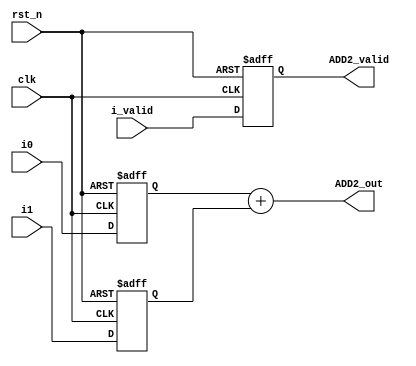
module ADD2#(parameter N=16)( 						// 1 cycle
	input clk,
	input rst_n,
	input [N-1:0]i0,
	input [N-1:0]i1,
	input i_valid, 	
	output reg ADD2_valid,
	output reg[N:0]ADD2_out
);
	reg [N-1:0]locali0,locali1;
	//assign ADD2_out = locali0 + locali1;
	
	always@(*)begin
		ADD2_out = locali0 + locali1;
	end
	
	always@(posedge clk or negedge rst_n)begin
		if(!rst_n)begin
			locali0<=0;
			locali1<=0;
			ADD2_valid<=0;
		end
		else begin
			locali0<=i0;
			locali1<=i1;
			ADD2_valid<=i_valid;
		end
	end
endmodule

module ADD3#(parameter N=16)(							// 1 cycle
	input clk,
	input rst_n,
	input [N-1:0]i0,
	input [N-1:0]i1,
	input [N-1:0]i2,
	input i_valid,
	output reg ADD3_valid,
	output reg[N+1:0]ADD3_out
);
	reg [N-1:0]locali0,locali1,locali2;
	//assign ADD3_out = locali0 + locali1 + locali2;
	always@(*)begin
		ADD3_out = locali0 + locali1 + locali2;
	end
	
	always@(posedge clk or negedge rst_n)begin
		if(!rst_n)begin
			locali0<=0;
			locali1<=0;
			locali2<=0;
			ADD3_valid<=0;
		end
		else begin
			locali0<=i0;
			locali1<=i1;
			locali2<=i2;
			ADD3_valid<=i_valid;
		end
	end
endmodule

module FA(											// 4 cycles
	input 	clk,
	input 	rst_n,
	input  	[383:0]data,
	input 	data_valid,
	output 	FAvalid,
	output 	[20:0]FAout
);
	parameter D1=16;
	parameter D2=32;
	parameter D3=48;
	genvar idx;
	
	wire L1_valid,L2_valid,L3_valid;
	wire [17:0]L1_res[0:7];
	wire [18:0]L2_res[0:3];
	wire [19:0]L3_res[0:1];
	
	generate
		for(idx=0;idx<8;idx=idx+1)begin
			ADD3 #(16)L1(.clk(clk),.rst_n(rst_n),.i0(data[idx*D3 +:D1]),.i1(data[idx*D3+D1 +:D1]),.i2(data[idx*D3+D2 +:D1]),.i_valid(data_valid),.ADD3_valid(L1_valid),.ADD3_out(L1_res[idx]));
		end
		for(idx=0;idx<4;idx=idx+1)begin
			ADD2 #(18)L2(.clk(clk),.rst_n(rst_n),.i0(L1_res[idx*2]),.i1(L1_res[idx*2 +1]),.i_valid(L1_valid),.ADD2_valid(L2_valid),.ADD2_out(L2_res[idx]));
		end
		for(idx=0;idx<2;idx=idx+1)begin
			ADD2 #(19)L3(.clk(clk),.rst_n(rst_n),.i0(L2_res[idx*2]),.i1(L2_res[idx*2+1]),.i_valid(L2_valid),.ADD2_valid(L3_valid),.ADD2_out(L3_res[idx]));
		end
		for(idx=0;idx<1;idx=idx+1)begin
			ADD2 #(20)L4(.clk(clk),.rst_n(rst_n),.i0(L3_res[0]),.i1(L3_res[1]),.i_valid(L3_valid),.ADD2_valid(FAvalid),.ADD2_out(FAout));
		end
	endgenerate
	
	
endmodule

module FSA#(parameter NO3=0,parameter NO5=0,parameter ID5=0,parameter NO7=0,parameter ID7=0)(
	input 	clk,
	input 	rst_n,
	input 	stride,
	input 	[3:0]wsize,
	input 	[2:0]wround,
	input  	[1151:0]data,
	input   data_valid,
	output 	reg FSAvalid,
	output 	reg [45:0]FSAout
);
	parameter FRONT = 23;
	parameter BACK = 0;
	parameter D1 = 23;
	
	wire FAvalid1,FAvalid2,FAvalid3;
	wire [20:0]row1,row2,row3;
	
	/* FA ,  4 cycles */
	FA ROW1(.clk(clk),.rst_n(rst_n),.data(data[383:0]),.data_valid(data_valid),.FAout(row1),.FAvalid(FAvalid1));
	FA ROW2(.clk(clk),.rst_n(rst_n),.data(data[767:384]),.data_valid(data_valid),.FAout(row2),.FAvalid(FAvalid2));
	FA ROW3(.clk(clk),.rst_n(rst_n),.data(data[1151:768]),.data_valid(data_valid),.FAout(row3),.FAvalid(FAvalid3));
	
	/* SA ,  1 cycle */
	always@(posedge clk or negedge rst_n)begin
		if(!rst_n)begin
			FSAout<=0;
			FSAvalid<=0;
		end
		else begin
			FSAvalid<= (FAvalid1 && FAvalid2 && FAvalid3);
			
			case(wsize)
				0:begin 		//3 * 3
					case(NO3)
						6:begin
							FSAout[FRONT +:D1] 	<= row3;
							FSAout[BACK +:D1] 	<= row1 + row2;
						end
						7:begin
							FSAout[FRONT +:D1] 	<= row1;
							FSAout[BACK +:D1]	<= row2 + row3;
						end
						default:begin
							FSAout[FRONT +:D1] 	<= 0;
							FSAout[BACK +:D1]	<= row1 + row2 + row3;
						end
					endcase
				end
				1:begin 		// 5 * 5
					case(stride)
						0:begin		// stride 1
							case(wround)
								0:begin
									FSAout[FRONT +:D1] 	<= 0;
									FSAout[BACK +:D1]	<= row1 + row2 + row3;
								end
								1:begin
									if((NO5==0 && (ID5==2 || ID5==3)) || (NO5==3 && (ID5==0 || ID5==1)))begin
										FSAout[FRONT +:D1] 	<= row1;
										FSAout[BACK +:D1]	<= row2 + row3;
									end
									else if(NO5==2 && (ID5==0 || ID5==1))begin
										FSAout[FRONT +:D1] 	<= row3;
										FSAout[BACK +:D1] 	<= row1 + row2;
									end
									else begin
										FSAout[FRONT +:D1] 	<= 0;
										FSAout[BACK +:D1]	<= row1 + row2 + row3;
									end
								end
							endcase
						end
						1:begin		// stride 2
							if(NO5==2 && (ID5==3 || ID5==4))begin
								FSAout[FRONT +:D1] 	<= row1;
								FSAout[BACK +:D1]	<= row2 + row3;
							end
							else if(NO5==3 && (ID5==1 || ID5==2))begin
								FSAout[FRONT +:D1] 	<= row3;
								FSAout[BACK +:D1] 	<= row1 + row2;
							end
							else begin
								FSAout[FRONT +:D1] 	<= 0;
								FSAout[BACK +:D1]	<= row1 + row2 + row3;
							end
						end
					endcase
				end
				2:begin		//7*7
					case(stride)
						0:begin
							case(wround)
								0:begin
									FSAout[FRONT +:D1] 	<= 0;
									FSAout[BACK +:D1]	<= row1 + row2 + row3;
								end
								1:begin
									if(NO7==1 && (ID7==3 || ID7==4 || ID7==5))begin
										FSAout[FRONT +:D1] 	<= row3;
										FSAout[BACK +:D1] 	<= row1 + row2;
									end
									else begin
										FSAout[FRONT +:D1] 	<= 0;
										FSAout[BACK +:D1]	<= row1 + row2 + row3;
									end
								end
								2:begin
									if(NO7==0 && (ID7==3 || ID7==4 || ID7==5))begin
										FSAout[FRONT +:D1] 	<= row1;
										FSAout[BACK +:D1] 	<= row2 + row3;
									end
									else begin
										FSAout[FRONT +:D1] 	<= 0;
										FSAout[BACK +:D1]	<= row1 + row2 + row3;
									end
								end
								3:begin
									if(NO7==0 && (ID7==0 || ID7==1 || ID7==2))begin
										FSAout[FRONT +:D1] 	<= row3;
										FSAout[BACK +:D1] 	<= row1 + row2;
									end
									else if(NO7==1 && (ID7==0 || ID7==1 || ID7==2))begin
										FSAout[FRONT +:D1] 	<= row1;
										FSAout[BACK +:D1]	<= row2 + row3;
									end
									else begin
										FSAout[FRONT +:D1] 	<= 0;
										FSAout[BACK +:D1]	<= row1 + row2 + row3;
									end
								end
							endcase
						end
						1:begin
							case(wround)
								0:begin
									FSAout[FRONT +:D1] 	<= 0;
									FSAout[BACK +:D1]	<= row1 + row2 + row3;
								end
								1:begin
									if(NO7==0 && (ID7==3 || ID7==4 || ID7==5))begin
										FSAout[FRONT +:D1] 	<= row1;
										FSAout[BACK +:D1] 	<= row2 + row3;
									end
									else if(NO7==1 && (ID7==0 || ID7==1 || ID7==2))begin
										FSAout[FRONT +:D1] 	<= row3;
										FSAout[BACK +:D1]	<= row1 + row2;
									end
									else begin
										FSAout[FRONT +:D1] 	<= 0;
										FSAout[BACK +:D1]	<= row1 + row2 + row3;
									end
								end
							endcase
						end
					endcase
				end
			endcase
		end
	end
	
endmodule

module A#(parameter NO5=0)(
	input clk,
	input rst_n,
	input stride,
	input [2:0]wround,
	input [45:0]i0_,
	input [45:0]i1_,
	input [45:0]i2_,
	input [45:0]i3_,
	input i_valid,
	output reg Avalid,
	output reg [53:0]Aout
);
	parameter FRONT = 23;
	parameter BACK = 0;
	parameter D1 = 23;
	
	
	reg [45:0]i0,i1,i2,i3;
	reg[22:0]A1i[0:3];
	reg[22:0]A2_0i[0:1];
	reg[22:0]A2_1i[0:1];
	reg i_valid_tmp,i_valid_;
	
	wire[26:0]A1out,A2_0out,A2_1out;
	wire A1valid,A2_0valid,A2_1valid;
	
	always@(posedge clk or negedge rst_n)begin
		if(!rst_n)begin
			i0<=0;
			i1<=0;
			i2<=0;
			i3<=0;
			i_valid_tmp <= 0;
			i_valid_    <= 0;
		end
		else begin
			if(i_valid)begin
				i0<=i0_;
				i1<=i1_;
				i2<=i2_;
				i3<=i3_;
				i_valid_tmp <= i_valid;
				i_valid_    <= i_valid_tmp;
			end
		end
	end
	
	/* A1 input */
	always@(posedge clk or negedge rst_n)begin
		if(!rst_n)begin
			A1i[0]<=0;
			A1i[1]<=0;
			A1i[2]<=0;
			A1i[3]<=0;
		end
		else begin
			case(stride)
				0:begin
					case(wround)
						0:begin
							A1i[0]<=i0[BACK +: D1];
							A1i[1]<=i1[BACK +: D1];
							A1i[2]<=i2[BACK +: D1];
							A1i[3]<=i3[BACK +: D1];
						end
						1:begin
							case(NO5)
								0,1:begin
									A1i[0]<=i0[BACK +: D1];
									A1i[1]<=i1[BACK +: D1];
									A1i[2]<=i2[FRONT +: D1];
									A1i[3]<=i3[FRONT +: D1];
								end
								//1:no!
								2:begin
									A1i[0]<=i0[FRONT +: D1];
									A1i[1]<=i1[FRONT +: D1];
									A1i[2]<=i2[BACK +: D1];
									A1i[3]<=i3[BACK +: D1];
								end
								3:begin
									A1i[0]<=i0[BACK +: D1];
									A1i[1]<=i1[BACK +: D1];
									A1i[2]<=i2[BACK +: D1];
									A1i[3]<=i3[BACK +: D1];
								end
							endcase
						end
					endcase
				end
				1:begin
					if(NO5==2)begin
						A1i[0]<=i0[BACK +: D1];
						A1i[1]<=i1[BACK +: D1];
						A1i[2]<=i2[FRONT +: D1];
						A1i[3]<=i3[FRONT +: D1];
					end
					else begin
						A1i[0]<=i0[BACK +: D1];
						A1i[1]<=i1[BACK +: D1];
						A1i[2]<=i2[BACK +: D1];
						A1i[3]<=i3[BACK +: D1];
					end
				end
			endcase
		end
	end
	
	/* A2_0 input */
	always@(posedge clk or negedge rst_n)begin
		if(!rst_n)begin
			A2_0i[0]<=0;
			A2_0i[1]<=0;
		end
		else begin			
			case(stride)
				0:begin
					case(wround)
						0:begin //0:no!!
							A2_0i[0]<=0;
							A2_0i[1]<=0;
						end
						1:begin
							case(NO5)
								0:begin
									A2_0i[0]<=i2[BACK +: D1];
									A2_0i[1]<=i3[BACK +: D1];
								end
								3:begin
									A2_0i[0]<=i0[FRONT +: D1];
									A2_0i[1]<=i1[FRONT +: D1];
								end
								default:begin
									A2_0i[0]<=i0[BACK +: D1];
									A2_0i[1]<=i1[BACK +: D1];
								end
							endcase
						end
					endcase
				end
				1:begin
					case(NO5)
						2:begin
							A2_0i[0]<=i2[BACK +: D1];
							A2_0i[1]<=i3[BACK +: D1];
						end
						3:begin
							A2_0i[0]<=i0[BACK +: D1];
							A2_0i[1]<=i1[BACK +: D1];
						end
						default:begin //default:no!!
							A2_0i[0]<=0;
							A2_0i[1]<=0;
						end
					endcase
				end
			endcase
		end
	end
	
	/* A2_1i input */
	always@(posedge clk or negedge rst_n)begin
		if(!rst_n)begin
			A2_1i[0]<=0;
			A2_1i[1]<=0;
		end
		else begin	
			if(stride==0 && wround==1 && NO5==1)begin
				A2_1i[0]<=i2[BACK +: D1];
				A2_1i[1]<=i3[BACK +: D1];
			end
			else begin //else no!!
				A2_1i[0]<=0;
				A2_1i[1]<=0;
			end
		end
	end
	
//-----------------------------------------------------
	/* module instantiation */
	
	A1 a1(.clk(clk),.rst_n(rst_n),.i0(A1i[0]),.i1(A1i[1]),.i2(A1i[2]),.i3(A1i[3]),.i_valid(i_valid_),.A1valid(A1valid),.A1out(A1out));
	A2_0 a2_0(.clk(clk),.rst_n(rst_n),.i0(A2_0i[0]),.i1(A2_0i[1]),.i_valid(i_valid_),.A2_0valid(A2_0valid),.A2_0out(A2_0out));
	A2_1 a2_1(.clk(clk),.rst_n(rst_n),.i0(A2_1i[0]),.i1(A2_1i[1]),.i_valid(i_valid_),.A2_1valid(A2_1valid),.A2_1out(A2_1out));
	
//-----------------------------------------------------	
	/* A output */
	
	always@(posedge clk or negedge rst_n)begin
		if(!rst_n)begin
			Aout<=0;
			Avalid<=0;
		end
		else begin
		
			if(A1valid || A2_0valid || A2_1valid)Avalid<=1;
			else Avalid<=0;
			
			case(stride)
				0:begin
					case(wround)
						0:begin
							Aout[BACK +: D1] <= A1out;
							Aout[FRONT +: D1]<=0;
						end
						1:begin
							case(NO5)
								0:begin
									Aout[BACK +: D1] <= A1out;
									Aout[FRONT +: D1]<= A2_0out;
								end
								1:begin
									Aout[BACK +: D1] <= A2_0out;
									Aout[FRONT +: D1]<= A2_1out;
								end
								default:begin
									Aout[BACK +: D1] <= A2_0out;
									Aout[FRONT +: D1]<= A1out;
								end
							endcase
						end
					endcase
				end
				1:begin		//stride 2
					case(NO5)
						2:begin
							Aout[BACK +: D1] <= A1out;
							Aout[FRONT +: D1]<= A2_0out;
						end
						3:begin
							Aout[BACK +: D1] <= A2_0out;
							Aout[FRONT +: D1]<= A1out;
						end
						default:begin
							Aout[BACK +: D1] <= A1out;
							Aout[FRONT +: D1]<= 0;
						end
					endcase
				end
			endcase
		end
	end
							
endmodule

module A1(
	input clk,
	input rst_n,
	input [22:0]i0,
	input [22:0]i1,
	input [22:0]i2,
	input [22:0]i3,
	input i_valid,
	output A1valid,
	output reg [26:0]A1out
);
	//reg [22:0]locali[0:3];
	//reg i_valid_;
	
	wire[24:0]A1out_tmp;
	wire [23:0]L10,L11;
	wire L10_valid,L11_valid;
	
	
	ADD2 #(23)L1_0(.clk(clk),.rst_n(rst_n),.i0(i0),.i1(i1),.i_valid(i_valid),.ADD2_out(L10),.ADD2_valid(L10_valid));
	ADD2 #(23)L1_1(.clk(clk),.rst_n(rst_n),.i0(i2),.i1(i3),.i_valid(i_valid),.ADD2_out(L11),.ADD2_valid(L11_valid));
	ADD2 #(24)L2(.clk(clk),.rst_n(rst_n),.i0(L10),.i1(L11),.i_valid((L11_valid & L10_valid)),.ADD2_out(A1out_tmp),.ADD2_valid(A1valid));
	
	always@(*)begin
		A1out = {2'b0,A1out_tmp};
	end
	
endmodule

module A2_0(
	input clk,
	input rst_n,
	input [22:0]i0,
	input [22:0]i1,
	input i_valid,
	output reg A2_0valid,
	output reg [26:0]A2_0out
);
	/*
	reg [22:0]locali[0:1];
	reg i_valid_;*/
	wire [23:0]L1_res;
	wire L1_valid;
	
	ADD2 #(23)L1(.clk(clk),.rst_n(rst_n),.i0(i0),.i1(i1),.i_valid(i_valid),.ADD2_out(L1_res),.ADD2_valid(L1_valid));
	
	always@(posedge clk or negedge rst_n)begin
		if(!rst_n)begin
			A2_0out	 <=0;
			A2_0valid<=0;
		end
		else begin	
			A2_0out	 <= {3'b0,L1_res};
			A2_0valid<= L1_valid;
		end
	end
endmodule

module A2_1(
	input clk,
	input rst_n,
	input [22:0]i0,
	input [22:0]i1,
	input i_valid,
	output reg A2_1valid,
	output reg [26:0]A2_1out
);/*
	reg [22:0]locali[0:1];
	reg i_valid_;*/
	
	wire [23:0]L1_res;
	wire L1_valid;
	
	
	ADD2 #(23)L1(.clk(clk),.rst_n(rst_n),.i0(i0),.i1(i1),.i_valid(i_valid),.ADD2_out(L1_res),.ADD2_valid(L1_valid));
	
	always@(posedge clk or negedge rst_n)begin
		if(!rst_n)begin
			A2_1out	 <=0;
			A2_1valid<=0;
		end
		else begin	
			A2_1out	 <= {3'b0,L1_res};
			A2_1valid<= L1_valid;
		end
	end

endmodule

module B#(parameter NO7=0)(
	input clk,
	input rst_n,
	input stride,
	input [2:0]wround,
	input [413:0]data_, //46 * 9 
	input data_valid,
	output reg Bvalid,
	output reg [53:0]Bout
);
	parameter FRONT = 23;
	parameter FRONT_OUT = 27;
	parameter BACK = 0;
	parameter D1 = 23;
	parameter D2 = 46;
	parameter D1_OUT = 27;
	integer id,idx;
	
	reg[413:0]data;
	reg[22:0]B1i[0:8];
	reg[22:0]B2_0i[0:5];
	reg[22:0]B2_1i[0:5];
	reg[22:0]B3i[0:2];
	reg data_valid_tmp,data_valid_;
	
	wire[26:0]B1out,B2_0out,B2_1out,B3out;
	wire B1out_valid,B2_0out_valid,B2_1out_valid,B3out_valid;
	
	always@(posedge clk or negedge rst_n)begin
		if(!rst_n)begin
			data<=0;
			data_valid_<=0;
			data_valid_tmp<=0;
		end
		else begin
			if(data_valid)begin
				data<=data_;
				data_valid_tmp<=data_valid;
				data_valid_<=data_valid_tmp;
			end
		end
	end
	/* B1 input */	
	always@(posedge clk or negedge rst_n)begin
		if(!rst_n)begin
			for(id=0;id<9;id=id+1)begin
				B1i[id]<=0;
			end
		end
		else begin	
			if((stride==0 && NO7==0 && wround==3)||(stride==1 && NO7==1 && wround==1))begin
				for(id=0;id<3;id=id+1)begin
					B1i[id]<=data[FRONT+id*D2 +: D1];
				end
				for(idx=3;idx<9;idx=idx+1)begin
					B1i[idx]<=data[BACK+id*D2 +: D1];
				end
			end
			else begin
				for(id=0;id<9;id=id+1)begin
					B1i[id]<=data[BACK+id*D2 +: D1];
				end
			end
		end			
		
	end
	
	/* B2_0 input */
	always@(posedge clk or negedge rst_n)begin
		if(!rst_n)begin
			for(id=0;id<6;id=id+1)begin
				B2_0i[id]<=0;
			end
		end
		else begin	
			case(stride)
				0:begin
					case(wround)
						1:begin
							for(id=0;id<6;id=id+1)begin
								B2_0i[id]<=data[BACK+id*D2 +: D1];
							end
						end
						2:begin
							case(NO7)
								0:begin
									for(id=0;id<3;id=id+1)begin
										B2_0i[id]<=data[BACK+id*D2 +: D1];
									end
									for(idx=3;idx<6;idx=idx+1)begin
										B2_0i[id]<=data[FRONT+id*D2 +: D1];
									end
								end
								1:begin
									for(id=0;id<6;id=id+1)begin
										B2_0i[id]<=data[BACK+id*D2+3*D2 +: D1]; // i3~i8
									end
								end
							endcase
						end
						default:begin //no!
						end
					endcase
				end
				1:begin
					if(NO7==1 && wround==0)begin
						for(id=0;id<6;id=id+1)begin
							B2_0i[id]<=data[BACK+id*D2 +: D1];
						end
					end
					else begin
						for(id=0;id<3;id=id+1)begin
							B2_0i[id]<=data[BACK+id*D2 +: D1];
						end
						for(idx=3;idx<6;idx=idx+1)begin
							B2_0i[id]<=data[FRONT+id*D2 +: D1];
						end
					end
					/*
					else if(NO7==0 && wround==1)begin
						for(id=0;id<3;id=id+1)begin
							B2_0i[id]<=data[BACK+id*D2 +: D1];
						end
						for(idx=3;idx<6;idx=idx+1)begin
							B2_0i[id]<=data[FRONT+id*D2 +: D1];
						end
					end
					else begin //no!
					end*/
				end
			endcase
		end
	end
	
	/* B2_1 input */
	always@(posedge clk or negedge rst_n)begin
		if(!rst_n)begin
			for(id=0;id<6;id=id+1)begin
				B2_1i[id]<=0;
			end
		end
		else begin	
			if(stride==0 && NO7==1 && wround==1)begin
				for(id=0;id<3;id=id+1)begin
					B2_1i[id]<=data[FRONT+id*D2+3*D2 +: D1]; // i3 ~ i5
				end
				for(idx=3;idx<6;idx=idx+1)begin
					B2_1i[id]<=data[BACK+id*D2+6*D2 +: D1];
				end
			end
			else begin
				for(id=0;id<6;id=id+1)begin
					B2_1i[id]<=data[BACK+id*D2+3*D2 +: D1]; // i3~i8
				end
			end
			/*
			else if((stride==0 && NO7==0 && wround==2)||(stride==1 && NO7==0 && wround==1))begin
				for(id=0;id<6;id=id+1)begin
					B2_1i[id]<=data[BACK+id*D2+3*D2 +: D1]; // i3~i8
				end
			end
			else begin //no!
			end*/
		end
	end
	
	/* B3 input */
	always@(posedge clk or negedge rst_n)begin
		if(!rst_n)begin
			for(id=0;id<3;id=id+1)begin
				B3i[id]<=0;
			end
		end
		else begin	
			if((stride==1 && NO7==1 && wround==0)||(stride==0 && NO7==0 && wround==1))begin
				for(id=0;id<3;id=id+1)begin
					B3i[id]<=data[FRONT+id*D2+6*D2 +: D1]; // i6 ~ i8
				end
			end
			else if(stride==0 && NO7==1 && wround==3)begin
				for(id=0;id<3;id=id+1)begin
					B3i[id]<=data[FRONT+id*D2 +: D1]; // i0~i2
				end
			end
			else begin
				for(id=0;id<3;id=id+1)begin
					B3i[id]<=data[BACK+id*D2 +: D1]; // i0~i2
				end
			end
		end
	end			
							
//-----------------------------------------------------------------			
	/* module instantiation */
	
	B1 b1(.clk(clk),.rst_n(rst_n),.i0(B1i[0]),.i1(B1i[1]),.i2(B1i[2]),.i3(B1i[3]),.i4(B1i[4]),.i5(B1i[5]),.i6(B1i[6]),.i7(B1i[7]),.i8(B1i[8]),.i_valid(data_valid_),.B1_valid(B1out_valid),.B1out(B1out));
	B2 b2_0(.clk(clk),.rst_n(rst_n),.i0(B2_0i[0]),.i1(B2_0i[1]),.i2(B2_0i[2]),.i3(B2_0i[3]),.i4(B2_0i[4]),.i5(B2_0i[5]),.i_valid(data_valid_),.B2_valid(B2_0out_valid),.B2out(B2_0out));
	B2 b2_1(.clk(clk),.rst_n(rst_n),.i0(B1i[0]),.i1(B2_1i[1]),.i2(B2_1i[2]),.i3(B2_1i[3]),.i4(B2_1i[4]),.i5(B2_1i[5]),.i_valid(data_valid_),.B2_valid(B2_1out_valid),.B2out(B2_1out));
	B3 b3(.clk(clk),.rst_n(rst_n),.i0(B3i[0]),.i1(B3i[1]),.i2(B3i[2]),.i_valid(data_valid_),.B3_valid(B3out_valid),.B3out(B3out));
	
//------------------------------------------------------------------	
	/* B output */
	always@(posedge clk or negedge rst_n)begin
		if(!rst_n)begin
			Bout   <=0;
			Bvalid<=0;
		end
		else begin	
		
			if(B1out_valid || B2_0out_valid || B2_1out_valid ||B3out_valid)Bvalid<=1;
			else Bvalid<=0;
			
			case(stride)
				0:begin
					case(wround)
						0:begin
							Bout[BACK +: D1_OUT]<= B1out;
							Bout[FRONT_OUT +: D1_OUT]<= 0;
						end
						1:begin
							if(NO7==0)begin
								Bout[BACK +: D1_OUT]<= B3out;
								Bout[FRONT_OUT +: D1_OUT]<= B2_0out;
							end
							else begin
								Bout[BACK +: D1_OUT]<= B2_0out;
								Bout[FRONT_OUT +: D1_OUT]<= B2_1out;
							end
						end
						2:begin
							if(NO7==0)begin
								Bout[BACK +: D1_OUT]<= B2_0out;
								Bout[FRONT_OUT +: D1_OUT]<= B2_1out;
							end
							else begin
								Bout[BACK +: D1_OUT]<= B3out;
								Bout[FRONT_OUT +: D1_OUT]<= B2_0out;
							end
						end
						3:begin
							Bout[BACK +: D1_OUT]<= B3out;
							Bout[FRONT_OUT +: D1_OUT]<= B1out;
						end
					endcase
				end
				1:begin
					case(wround)
						0:begin
							if(NO7==0)begin
								Bout[BACK +: D1_OUT]<= B1out;
								Bout[FRONT_OUT +: D1_OUT]<= 0;
							end
							else begin
								Bout[BACK +: D1_OUT]<= B2_0out;
								Bout[FRONT_OUT +: D1_OUT]<= B3out;
							end
						end
						1:begin
							if(NO7==0)begin
								Bout[BACK +: D1_OUT]<= B2_0out;
								Bout[FRONT_OUT +: D1_OUT]<= B2_1out;
							end
							else begin
								Bout[BACK +: D1_OUT]<= B3out;
								Bout[FRONT_OUT +: D1_OUT]<= B1out;
							end
						end
					endcase
				end
			endcase
		end
	end
	
endmodule

module B1(
	input clk,
	input rst_n,
	input [22:0]i0,
	input [22:0]i1,
	input [22:0]i2,
	input [22:0]i3,
	input [22:0]i4,
	input [22:0]i5,
	input [22:0]i6,
	input [22:0]i7,
	input [22:0]i8,
	input i_valid,
	output B1_valid,
	output [26:0]B1out
);
	integer id;
	/*
	reg [22:0]locali[0:8];
	reg i_valid_;*/
	
	wire[24:0]L10,L11,L12;
	wire L10_valid,L11_valid,L12_valid;
	
			
	ADD3#(23)L1_0(.clk(clk),.rst_n(rst_n),.i0(i0),.i1(i1),.i2(i2),.i_valid(i_valid),.ADD3_out(L10),.ADD3_valid(L10_valid));
	ADD3#(23)L1_1(.clk(clk),.rst_n(rst_n),.i0(i3),.i1(i4),.i2(i5),.i_valid(i_valid),.ADD3_out(L11),.ADD3_valid(L11_valid));
	ADD3#(23)L1_2(.clk(clk),.rst_n(rst_n),.i0(i6),.i1(i7),.i2(i8),.i_valid(i_valid),.ADD3_out(L12),.ADD3_valid(L12_valid));
	
	ADD3#(25)L2(.clk(clk),.rst_n(rst_n),.i0(L10),.i1(L11),.i2(L12),.i_valid(L10_valid & L11_valid & L12_valid),.ADD3_out(B1out),.ADD3_valid(B1_valid));

endmodule

module B2(
	input clk,
	input rst_n,
	input [22:0]i0,
	input [22:0]i1,
	input [22:0]i2,
	input [22:0]i3,
	input [22:0]i4,
	input [22:0]i5,
	input i_valid,
	output B2_valid,
	output reg [26:0]B2out
);
	integer id;
	/*
	reg [22:0]locali[0:5];
	reg i_valid_;*/
	
	wire [25:0]B2out_tmp;
	wire[24:0]L10,L11;
	wire L10_valid,L11_valid;
	
			
	ADD3#(23)L1_0(.clk(clk),.rst_n(rst_n),.i0(i0),.i1(i1),.i2(i2),.i_valid(i_valid),.ADD3_out(L10),.ADD3_valid(L10_valid));
	ADD3#(23)L1_1(.clk(clk),.rst_n(rst_n),.i0(i3),.i1(i4),.i2(i5),.i_valid(i_valid),.ADD3_out(L11),.ADD3_valid(L11_valid));
	
	ADD2#(25)L2(.clk(clk),.rst_n(rst_n),.i0(L10),.i1(L11),.i_valid(L10_valid & L11_valid),.ADD2_out(B2out_tmp),.ADD2_valid(B2_valid));
	
	always@(*)begin
		B2out = {1'b0,B2out_tmp};
	end
	
endmodule

module B3(
	input clk,
	input rst_n,
	input [22:0]i0,
	input [22:0]i1,
	input [22:0]i2,
	input i_valid,
	output reg B3_valid,
	output reg [26:0]B3out
);
/*
	reg [22:0]locali[0:2];
	reg i_valid_;*/
	
	wire [25:0]B3out_tmp;
	wire B3_valid_tmp;
	wire [24:0]L1;
	
	
	ADD3#(23)L1_0(.clk(clk),.rst_n(rst_n),.i0(i0),.i1(i1),.i2(i2),.i_valid(i_valid),.ADD3_out(L1),.ADD3_valid(B3_valid_tmp));
	
	always@(posedge clk or negedge rst_n)begin
		if(!rst_n)begin
			B3out	<= 0;
			B3_valid<= 0;
		end
		else begin	
			B3out<= {2'b0,L1};
			B3_valid<= B3_valid_tmp;	
		end
	end	
	
endmodule

module ADDER(
	input clk,
	input rst_n,
	input stride,
	input [2:0]wround,
	input [73727:0]MUL_results, //4608*16
	input MUL_DATA_valid,
	input [3:0]wsize,
	output reg Psum_valid,		
	output reg [863:0]Psum			//max 54 * 16
);
	parameter CUBE_D1 = 1152;
	genvar id,idx;
	
	reg [2:0]wround_cnt1,wround_cnt2,wround_cnt3,wround_cnt4,wround_5;
	reg stride_cnt1,stride_cnt2,stride_cnt3,stride_cnt4,stride_5;
	reg [3:0]wsize_cnt1,wsize_cnt2,wsize_cnt3,wsize_cnt4,wsize_cnt5;
	reg wsize_is3,wsize_is5,wsize_is7;
	
	wire [45:0]fsa_res[0:63];
	wire [53:0]Bout[0:3];
	wire [53:0]Aout[0:15];
	wire Avalid,Bvalid;
	reg [1:0]wsize_;
	
	/* FSA */
	FSA#(.NO3(0),.NO5(0),.ID5(0),.NO7(0),.ID7(0))C0(.clk(clk),.rst_n(rst_n),.wsize(wsize),.stride(stride),.wround(wround),.data(MUL_results[0 +: CUBE_D1]),.data_valid(MUL_DATA_valid),.FSAout(fsa_res[0]),.FSAvalid(FSAvalid));
	FSA#(.NO3(1),.NO5(0),.ID5(1),.NO7(0),.ID7(1))C1(.clk(clk),.rst_n(rst_n),.wsize(wsize),.stride(stride),.wround(wround),.data(MUL_results[1152 +: CUBE_D1]),.data_valid(MUL_DATA_valid),.FSAout(fsa_res[1]),.FSAvalid(FSAvalid));
	FSA#(.NO3(2),.NO5(0),.ID5(2),.NO7(0),.ID7(2))C2(.clk(clk),.rst_n(rst_n),.wsize(wsize),.stride(stride),.wround(wround),.data(MUL_results[2304 +: CUBE_D1]),.data_valid(MUL_DATA_valid),.FSAout(fsa_res[2]),.FSAvalid(FSAvalid));
	FSA#(.NO3(3),.NO5(0),.ID5(3),.NO7(0),.ID7(3))C3(.clk(clk),.rst_n(rst_n),.wsize(wsize),.stride(stride),.wround(wround),.data(MUL_results[3456 +: CUBE_D1]),.data_valid(MUL_DATA_valid),.FSAout(fsa_res[3]),.FSAvalid(FSAvalid));
	FSA#(.NO3(4),.NO5(1),.ID5(0),.NO7(0),.ID7(4))C4(.clk(clk),.rst_n(rst_n),.wsize(wsize),.stride(stride),.wround(wround),.data(MUL_results[4608 +: CUBE_D1]),.data_valid(MUL_DATA_valid),.FSAout(fsa_res[4]),.FSAvalid(FSAvalid));
	FSA#(.NO3(5),.NO5(1),.ID5(1),.NO7(0),.ID7(5))C5(.clk(clk),.rst_n(rst_n),.wsize(wsize),.stride(stride),.wround(wround),.data(MUL_results[5760 +: CUBE_D1]),.data_valid(MUL_DATA_valid),.FSAout(fsa_res[5]),.FSAvalid(FSAvalid));
	FSA#(.NO3(6),.NO5(1),.ID5(2),.NO7(0),.ID7(6))C6(.clk(clk),.rst_n(rst_n),.wsize(wsize),.stride(stride),.wround(wround),.data(MUL_results[6912 +: CUBE_D1]),.data_valid(MUL_DATA_valid),.FSAout(fsa_res[6]),.FSAvalid(FSAvalid));
	FSA#(.NO3(7),.NO5(1),.ID5(3),.NO7(0),.ID7(7))C7(.clk(clk),.rst_n(rst_n),.wsize(wsize),.stride(stride),.wround(wround),.data(MUL_results[8064 +: CUBE_D1]),.data_valid(MUL_DATA_valid),.FSAout(fsa_res[7]),.FSAvalid(FSAvalid));
	FSA#(.NO3(0),.NO5(2),.ID5(0),.NO7(0),.ID7(8))C8(.clk(clk),.rst_n(rst_n),.wsize(wsize),.stride(stride),.wround(wround),.data(MUL_results[9216 +: CUBE_D1]),.data_valid(MUL_DATA_valid),.FSAout(fsa_res[8]),.FSAvalid(FSAvalid));
	FSA#(.NO3(1),.NO5(2),.ID5(1),.NO7(0),.ID7(9))C9(.clk(clk),.rst_n(rst_n),.wsize(wsize),.stride(stride),.wround(wround),.data(MUL_results[10368 +: CUBE_D1]),.data_valid(MUL_DATA_valid),.FSAout(fsa_res[9]),.FSAvalid(FSAvalid));
	FSA#(.NO3(2),.NO5(2),.ID5(2),.NO7(0),.ID7(9))C10(.clk(clk),.rst_n(rst_n),.wsize(wsize),.stride(stride),.wround(wround),.data(MUL_results[11520 +: CUBE_D1]),.data_valid(MUL_DATA_valid),.FSAout(fsa_res[10]),.FSAvalid(FSAvalid));
	FSA#(.NO3(3),.NO5(2),.ID5(3),.NO7(0),.ID7(9))C11(.clk(clk),.rst_n(rst_n),.wsize(wsize),.stride(stride),.wround(wround),.data(MUL_results[12672 +: CUBE_D1]),.data_valid(MUL_DATA_valid),.FSAout(fsa_res[11]),.FSAvalid(FSAvalid));
	FSA#(.NO3(4),.NO5(3),.ID5(0),.NO7(0),.ID7(9))C12(.clk(clk),.rst_n(rst_n),.wsize(wsize),.stride(stride),.wround(wround),.data(MUL_results[13824 +: CUBE_D1]),.data_valid(MUL_DATA_valid),.FSAout(fsa_res[12]),.FSAvalid(FSAvalid));
	FSA#(.NO3(5),.NO5(3),.ID5(1),.NO7(0),.ID7(9))C13(.clk(clk),.rst_n(rst_n),.wsize(wsize),.stride(stride),.wround(wround),.data(MUL_results[14976 +: CUBE_D1]),.data_valid(MUL_DATA_valid),.FSAout(fsa_res[13]),.FSAvalid(FSAvalid));
	FSA#(.NO3(6),.NO5(3),.ID5(2),.NO7(0),.ID7(9))C14(.clk(clk),.rst_n(rst_n),.wsize(wsize),.stride(stride),.wround(wround),.data(MUL_results[16128 +: CUBE_D1]),.data_valid(MUL_DATA_valid),.FSAout(fsa_res[14]),.FSAvalid(FSAvalid));
	FSA#(.NO3(7),.NO5(3),.ID5(3),.NO7(0),.ID7(9))C15(.clk(clk),.rst_n(rst_n),.wsize(wsize),.stride(stride),.wround(wround),.data(MUL_results[17280 +: CUBE_D1]),.data_valid(MUL_DATA_valid),.FSAout(fsa_res[15]),.FSAvalid(FSAvalid));
	
	FSA#(.NO3(0),.NO5(0),.ID5(0),.NO7(1),.ID7(0))C16(.clk(clk),.rst_n(rst_n),.wsize(wsize),.stride(stride),.wround(wround),.data(MUL_results[18432 +: CUBE_D1]),.data_valid(MUL_DATA_valid),.FSAout(fsa_res[16]),.FSAvalid(FSAvalid));
	FSA#(.NO3(1),.NO5(0),.ID5(1),.NO7(1),.ID7(1))C17(.clk(clk),.rst_n(rst_n),.wsize(wsize),.stride(stride),.wround(wround),.data(MUL_results[19584 +: CUBE_D1]),.data_valid(MUL_DATA_valid),.FSAout(fsa_res[17]),.FSAvalid(FSAvalid));
	FSA#(.NO3(2),.NO5(0),.ID5(2),.NO7(1),.ID7(2))C18(.clk(clk),.rst_n(rst_n),.wsize(wsize),.stride(stride),.wround(wround),.data(MUL_results[20736 +: CUBE_D1]),.data_valid(MUL_DATA_valid),.FSAout(fsa_res[18]),.FSAvalid(FSAvalid));
	FSA#(.NO3(3),.NO5(0),.ID5(3),.NO7(1),.ID7(3))C19(.clk(clk),.rst_n(rst_n),.wsize(wsize),.stride(stride),.wround(wround),.data(MUL_results[21888 +: CUBE_D1]),.data_valid(MUL_DATA_valid),.FSAout(fsa_res[19]),.FSAvalid(FSAvalid));
	FSA#(.NO3(4),.NO5(1),.ID5(0),.NO7(1),.ID7(4))C20(.clk(clk),.rst_n(rst_n),.wsize(wsize),.stride(stride),.wround(wround),.data(MUL_results[23040 +: CUBE_D1]),.data_valid(MUL_DATA_valid),.FSAout(fsa_res[20]),.FSAvalid(FSAvalid));
	FSA#(.NO3(5),.NO5(1),.ID5(1),.NO7(1),.ID7(5))C21(.clk(clk),.rst_n(rst_n),.wsize(wsize),.stride(stride),.wround(wround),.data(MUL_results[24192 +: CUBE_D1]),.data_valid(MUL_DATA_valid),.FSAout(fsa_res[21]),.FSAvalid(FSAvalid));
	FSA#(.NO3(6),.NO5(1),.ID5(2),.NO7(1),.ID7(6))C22(.clk(clk),.rst_n(rst_n),.wsize(wsize),.stride(stride),.wround(wround),.data(MUL_results[25344 +: CUBE_D1]),.data_valid(MUL_DATA_valid),.FSAout(fsa_res[22]),.FSAvalid(FSAvalid));
	FSA#(.NO3(7),.NO5(1),.ID5(3),.NO7(1),.ID7(7))C23(.clk(clk),.rst_n(rst_n),.wsize(wsize),.stride(stride),.wround(wround),.data(MUL_results[26496 +: CUBE_D1]),.data_valid(MUL_DATA_valid),.FSAout(fsa_res[23]),.FSAvalid(FSAvalid));
	FSA#(.NO3(0),.NO5(2),.ID5(0),.NO7(1),.ID7(8))C24(.clk(clk),.rst_n(rst_n),.wsize(wsize),.stride(stride),.wround(wround),.data(MUL_results[27648 +: CUBE_D1]),.data_valid(MUL_DATA_valid),.FSAout(fsa_res[24]),.FSAvalid(FSAvalid));
	FSA#(.NO3(1),.NO5(2),.ID5(1),.NO7(1),.ID7(9))C25(.clk(clk),.rst_n(rst_n),.wsize(wsize),.stride(stride),.wround(wround),.data(MUL_results[28800 +: CUBE_D1]),.data_valid(MUL_DATA_valid),.FSAout(fsa_res[25]),.FSAvalid(FSAvalid));
	FSA#(.NO3(2),.NO5(2),.ID5(2),.NO7(1),.ID7(9))C26(.clk(clk),.rst_n(rst_n),.wsize(wsize),.stride(stride),.wround(wround),.data(MUL_results[29952 +: CUBE_D1]),.data_valid(MUL_DATA_valid),.FSAout(fsa_res[26]),.FSAvalid(FSAvalid));
	FSA#(.NO3(3),.NO5(2),.ID5(3),.NO7(1),.ID7(9))C27(.clk(clk),.rst_n(rst_n),.wsize(wsize),.stride(stride),.wround(wround),.data(MUL_results[31104 +: CUBE_D1]),.data_valid(MUL_DATA_valid),.FSAout(fsa_res[27]),.FSAvalid(FSAvalid));
	FSA#(.NO3(4),.NO5(3),.ID5(0),.NO7(1),.ID7(9))C28(.clk(clk),.rst_n(rst_n),.wsize(wsize),.stride(stride),.wround(wround),.data(MUL_results[32256 +: CUBE_D1]),.data_valid(MUL_DATA_valid),.FSAout(fsa_res[28]),.FSAvalid(FSAvalid));
	FSA#(.NO3(5),.NO5(3),.ID5(1),.NO7(1),.ID7(9))C29(.clk(clk),.rst_n(rst_n),.wsize(wsize),.stride(stride),.wround(wround),.data(MUL_results[33408 +: CUBE_D1]),.data_valid(MUL_DATA_valid),.FSAout(fsa_res[29]),.FSAvalid(FSAvalid));
	FSA#(.NO3(6),.NO5(3),.ID5(2),.NO7(1),.ID7(9))C30(.clk(clk),.rst_n(rst_n),.wsize(wsize),.stride(stride),.wround(wround),.data(MUL_results[34560 +: CUBE_D1]),.data_valid(MUL_DATA_valid),.FSAout(fsa_res[30]),.FSAvalid(FSAvalid));
	FSA#(.NO3(7),.NO5(3),.ID5(3),.NO7(1),.ID7(9))C31(.clk(clk),.rst_n(rst_n),.wsize(wsize),.stride(stride),.wround(wround),.data(MUL_results[35712 +: CUBE_D1]),.data_valid(MUL_DATA_valid),.FSAout(fsa_res[31]),.FSAvalid(FSAvalid));
	
	FSA#(.NO3(0),.NO5(0),.ID5(0),.NO7(0),.ID7(0))C32(.clk(clk),.rst_n(rst_n),.wsize(wsize),.stride(stride),.wround(wround),.data(MUL_results[36864 +: CUBE_D1]),.data_valid(MUL_DATA_valid),.FSAout(fsa_res[32]),.FSAvalid(FSAvalid));
	FSA#(.NO3(1),.NO5(0),.ID5(1),.NO7(0),.ID7(1))C33(.clk(clk),.rst_n(rst_n),.wsize(wsize),.stride(stride),.wround(wround),.data(MUL_results[38016 +: CUBE_D1]),.data_valid(MUL_DATA_valid),.FSAout(fsa_res[33]),.FSAvalid(FSAvalid));
	FSA#(.NO3(2),.NO5(0),.ID5(2),.NO7(0),.ID7(2))C34(.clk(clk),.rst_n(rst_n),.wsize(wsize),.stride(stride),.wround(wround),.data(MUL_results[39168 +: CUBE_D1]),.data_valid(MUL_DATA_valid),.FSAout(fsa_res[34]),.FSAvalid(FSAvalid));
	FSA#(.NO3(3),.NO5(0),.ID5(3),.NO7(0),.ID7(3))C35(.clk(clk),.rst_n(rst_n),.wsize(wsize),.stride(stride),.wround(wround),.data(MUL_results[40320 +: CUBE_D1]),.data_valid(MUL_DATA_valid),.FSAout(fsa_res[35]),.FSAvalid(FSAvalid));
	FSA#(.NO3(4),.NO5(1),.ID5(0),.NO7(0),.ID7(4))C36(.clk(clk),.rst_n(rst_n),.wsize(wsize),.stride(stride),.wround(wround),.data(MUL_results[41472 +: CUBE_D1]),.data_valid(MUL_DATA_valid),.FSAout(fsa_res[36]),.FSAvalid(FSAvalid));
	FSA#(.NO3(5),.NO5(1),.ID5(1),.NO7(0),.ID7(5))C37(.clk(clk),.rst_n(rst_n),.wsize(wsize),.stride(stride),.wround(wround),.data(MUL_results[42624 +: CUBE_D1]),.data_valid(MUL_DATA_valid),.FSAout(fsa_res[37]),.FSAvalid(FSAvalid));
	FSA#(.NO3(6),.NO5(1),.ID5(2),.NO7(0),.ID7(6))C38(.clk(clk),.rst_n(rst_n),.wsize(wsize),.stride(stride),.wround(wround),.data(MUL_results[43776 +: CUBE_D1]),.data_valid(MUL_DATA_valid),.FSAout(fsa_res[38]),.FSAvalid(FSAvalid));
	FSA#(.NO3(7),.NO5(1),.ID5(3),.NO7(0),.ID7(7))C39(.clk(clk),.rst_n(rst_n),.wsize(wsize),.stride(stride),.wround(wround),.data(MUL_results[44928 +: CUBE_D1]),.data_valid(MUL_DATA_valid),.FSAout(fsa_res[39]),.FSAvalid(FSAvalid));
	FSA#(.NO3(0),.NO5(2),.ID5(0),.NO7(0),.ID7(8))C40(.clk(clk),.rst_n(rst_n),.wsize(wsize),.stride(stride),.wround(wround),.data(MUL_results[46080 +: CUBE_D1]),.data_valid(MUL_DATA_valid),.FSAout(fsa_res[40]),.FSAvalid(FSAvalid));
	FSA#(.NO3(1),.NO5(2),.ID5(1),.NO7(0),.ID7(9))C41(.clk(clk),.rst_n(rst_n),.wsize(wsize),.stride(stride),.wround(wround),.data(MUL_results[47232 +: CUBE_D1]),.data_valid(MUL_DATA_valid),.FSAout(fsa_res[41]),.FSAvalid(FSAvalid));
	FSA#(.NO3(2),.NO5(2),.ID5(2),.NO7(0),.ID7(9))C42(.clk(clk),.rst_n(rst_n),.wsize(wsize),.stride(stride),.wround(wround),.data(MUL_results[48384 +: CUBE_D1]),.data_valid(MUL_DATA_valid),.FSAout(fsa_res[42]),.FSAvalid(FSAvalid));
	FSA#(.NO3(3),.NO5(2),.ID5(3),.NO7(0),.ID7(9))C43(.clk(clk),.rst_n(rst_n),.wsize(wsize),.stride(stride),.wround(wround),.data(MUL_results[49536 +: CUBE_D1]),.data_valid(MUL_DATA_valid),.FSAout(fsa_res[43]),.FSAvalid(FSAvalid));
	FSA#(.NO3(4),.NO5(3),.ID5(0),.NO7(0),.ID7(9))C44(.clk(clk),.rst_n(rst_n),.wsize(wsize),.stride(stride),.wround(wround),.data(MUL_results[50688 +: CUBE_D1]),.data_valid(MUL_DATA_valid),.FSAout(fsa_res[44]),.FSAvalid(FSAvalid));
	FSA#(.NO3(5),.NO5(3),.ID5(1),.NO7(0),.ID7(9))C45(.clk(clk),.rst_n(rst_n),.wsize(wsize),.stride(stride),.wround(wround),.data(MUL_results[51840 +: CUBE_D1]),.data_valid(MUL_DATA_valid),.FSAout(fsa_res[45]),.FSAvalid(FSAvalid));
	FSA#(.NO3(6),.NO5(3),.ID5(2),.NO7(0),.ID7(9))C46(.clk(clk),.rst_n(rst_n),.wsize(wsize),.stride(stride),.wround(wround),.data(MUL_results[52992 +: CUBE_D1]),.data_valid(MUL_DATA_valid),.FSAout(fsa_res[46]),.FSAvalid(FSAvalid));
	FSA#(.NO3(7),.NO5(3),.ID5(3),.NO7(0),.ID7(9))C47(.clk(clk),.rst_n(rst_n),.wsize(wsize),.stride(stride),.wround(wround),.data(MUL_results[54144 +: CUBE_D1]),.data_valid(MUL_DATA_valid),.FSAout(fsa_res[47]),.FSAvalid(FSAvalid));
	
	FSA#(.NO3(0),.NO5(0),.ID5(0),.NO7(1),.ID7(0))C48(.clk(clk),.rst_n(rst_n),.wsize(wsize),.stride(stride),.wround(wround),.data(MUL_results[55296 +: CUBE_D1]),.data_valid(MUL_DATA_valid),.FSAout(fsa_res[48]),.FSAvalid(FSAvalid));
	FSA#(.NO3(1),.NO5(0),.ID5(1),.NO7(1),.ID7(1))C49(.clk(clk),.rst_n(rst_n),.wsize(wsize),.stride(stride),.wround(wround),.data(MUL_results[56448 +: CUBE_D1]),.data_valid(MUL_DATA_valid),.FSAout(fsa_res[49]),.FSAvalid(FSAvalid));
	FSA#(.NO3(2),.NO5(0),.ID5(2),.NO7(1),.ID7(2))C50(.clk(clk),.rst_n(rst_n),.wsize(wsize),.stride(stride),.wround(wround),.data(MUL_results[57600 +: CUBE_D1]),.data_valid(MUL_DATA_valid),.FSAout(fsa_res[50]),.FSAvalid(FSAvalid));
	FSA#(.NO3(3),.NO5(0),.ID5(3),.NO7(1),.ID7(3))C51(.clk(clk),.rst_n(rst_n),.wsize(wsize),.stride(stride),.wround(wround),.data(MUL_results[58752 +: CUBE_D1]),.data_valid(MUL_DATA_valid),.FSAout(fsa_res[51]),.FSAvalid(FSAvalid));
	FSA#(.NO3(4),.NO5(1),.ID5(0),.NO7(1),.ID7(4))C52(.clk(clk),.rst_n(rst_n),.wsize(wsize),.stride(stride),.wround(wround),.data(MUL_results[59904 +: CUBE_D1]),.data_valid(MUL_DATA_valid),.FSAout(fsa_res[52]),.FSAvalid(FSAvalid));
	FSA#(.NO3(5),.NO5(1),.ID5(1),.NO7(1),.ID7(5))C53(.clk(clk),.rst_n(rst_n),.wsize(wsize),.stride(stride),.wround(wround),.data(MUL_results[61056 +: CUBE_D1]),.data_valid(MUL_DATA_valid),.FSAout(fsa_res[53]),.FSAvalid(FSAvalid));
	FSA#(.NO3(6),.NO5(1),.ID5(2),.NO7(1),.ID7(6))C54(.clk(clk),.rst_n(rst_n),.wsize(wsize),.stride(stride),.wround(wround),.data(MUL_results[62208 +: CUBE_D1]),.data_valid(MUL_DATA_valid),.FSAout(fsa_res[54]),.FSAvalid(FSAvalid));
	FSA#(.NO3(7),.NO5(1),.ID5(3),.NO7(1),.ID7(7))C55(.clk(clk),.rst_n(rst_n),.wsize(wsize),.stride(stride),.wround(wround),.data(MUL_results[63360 +: CUBE_D1]),.data_valid(MUL_DATA_valid),.FSAout(fsa_res[55]),.FSAvalid(FSAvalid));
	FSA#(.NO3(0),.NO5(2),.ID5(0),.NO7(1),.ID7(8))C56(.clk(clk),.rst_n(rst_n),.wsize(wsize),.stride(stride),.wround(wround),.data(MUL_results[64512 +: CUBE_D1]),.data_valid(MUL_DATA_valid),.FSAout(fsa_res[56]),.FSAvalid(FSAvalid));
	FSA#(.NO3(1),.NO5(2),.ID5(1),.NO7(1),.ID7(9))C57(.clk(clk),.rst_n(rst_n),.wsize(wsize),.stride(stride),.wround(wround),.data(MUL_results[65664 +: CUBE_D1]),.data_valid(MUL_DATA_valid),.FSAout(fsa_res[57]),.FSAvalid(FSAvalid));
	FSA#(.NO3(2),.NO5(2),.ID5(2),.NO7(1),.ID7(9))C58(.clk(clk),.rst_n(rst_n),.wsize(wsize),.stride(stride),.wround(wround),.data(MUL_results[66816 +: CUBE_D1]),.data_valid(MUL_DATA_valid),.FSAout(fsa_res[58]),.FSAvalid(FSAvalid));
	FSA#(.NO3(3),.NO5(2),.ID5(3),.NO7(1),.ID7(9))C59(.clk(clk),.rst_n(rst_n),.wsize(wsize),.stride(stride),.wround(wround),.data(MUL_results[67968 +: CUBE_D1]),.data_valid(MUL_DATA_valid),.FSAout(fsa_res[59]),.FSAvalid(FSAvalid));
	FSA#(.NO3(4),.NO5(3),.ID5(0),.NO7(1),.ID7(9))C60(.clk(clk),.rst_n(rst_n),.wsize(wsize),.stride(stride),.wround(wround),.data(MUL_results[69120 +: CUBE_D1]),.data_valid(MUL_DATA_valid),.FSAout(fsa_res[60]),.FSAvalid(FSAvalid));
	FSA#(.NO3(5),.NO5(3),.ID5(1),.NO7(1),.ID7(9))C61(.clk(clk),.rst_n(rst_n),.wsize(wsize),.stride(stride),.wround(wround),.data(MUL_results[70272 +: CUBE_D1]),.data_valid(MUL_DATA_valid),.FSAout(fsa_res[61]),.FSAvalid(FSAvalid));
	FSA#(.NO3(6),.NO5(3),.ID5(2),.NO7(1),.ID7(9))C62(.clk(clk),.rst_n(rst_n),.wsize(wsize),.stride(stride),.wround(wround),.data(MUL_results[71424 +: CUBE_D1]),.data_valid(MUL_DATA_valid),.FSAout(fsa_res[62]),.FSAvalid(FSAvalid));
	FSA#(.NO3(7),.NO5(3),.ID5(3),.NO7(1),.ID7(9))C63(.clk(clk),.rst_n(rst_n),.wsize(wsize),.stride(stride),.wround(wround),.data(MUL_results[72576 +: CUBE_D1]),.data_valid(MUL_DATA_valid),.FSAout(fsa_res[63]),.FSAvalid(FSAvalid));
	
	/* stride & wround put off 5 cycles */
	always@(posedge clk or negedge rst_n)begin
		if(!rst_n)begin
			wround_cnt1<=0;
			wround_cnt2<=0;
			wround_cnt3<=0;
			wround_cnt4<=0;
			wround_5   <=0;
			
			stride_cnt1<=0;
			stride_cnt2<=0;
			stride_cnt3<=0;
			stride_cnt4<=0;
			stride_5   <=0;
			
			wsize_cnt1<=0;
			wsize_cnt2<=0;
			wsize_cnt3<=0;
			wsize_cnt4<=0;
			wsize_cnt5<=0;
			
		end
		else begin	
			wround_cnt1<=wround;
			wround_cnt2<=wround_cnt1;
			wround_cnt3<=wround_cnt2;
			wround_cnt4<=wround_cnt3;
			wround_5   <=wround_cnt4;
			
			stride_cnt1<=stride;
			stride_cnt2<=stride_cnt1;
			stride_cnt3<=stride_cnt2;
			stride_cnt4<=stride_cnt3;
			stride_5   <=stride_cnt4;

			wsize_cnt1<= wsize;
			wsize_cnt2<= wsize_cnt1;
			wsize_cnt3<= wsize_cnt2;
			wsize_cnt4<= wsize_cnt3;
			wsize_cnt5<= wsize_cnt4;
		end
	end	
	always@(*)begin
		wsize_is3=0;
		wsize_is5=0;
		wsize_is7=0;
		
		if(wsize_cnt5 ==0)wsize_is3=1;
		if(wsize_cnt5 ==1)wsize_is5=1;
		if(wsize_cnt5 ==2)wsize_is7=1;
	end
	
	
	
	/* module A instantiation , stride & wround put off 5 cycles */
	generate
		for(id=0;id<4;id=id+1)begin
			for(idx=0;idx<4;idx=idx+1)begin
				A #(.NO5(idx))aa(.clk(clk),.rst_n(rst_n),.wround(wround_5),.stride(stride_5),.i0_(fsa_res[id*4+idx*4]),.i1_(fsa_res[id*4+idx*4+1]),.i2_(fsa_res[id*4+idx*4+2]),.i3_(fsa_res[id*4+idx*4+3]),.i_valid(FSAvalid & wsize_is5),.Aout(Aout[id*4+idx]),.Avalid(Avalid));
			end
		end
	endgenerate
	
	/* module B instantiation , stride & wround put off 5 cycles */
	generate
		for(id=0;id<2;id=id+1)begin
			for(idx=0;idx<2;idx=idx+1)begin
				B #(.NO7(idx))bb(.clk(clk),.rst_n(rst_n),.wround(wround_5),.stride(stride_5),.data_({fsa_res[id*32+idx*16+8],fsa_res[id*32+idx*16+7],fsa_res[id*32+idx*16+6],fsa_res[id*32+idx*16+5],fsa_res[id*32+idx*16+4],fsa_res[id*32+idx*16+3],fsa_res[id*32+idx*16+2],fsa_res[id*32+idx*16+1],fsa_res[id*32+idx*16]}),.data_valid(FSAvalid & wsize_is7),.Bout(Bout[id*2+idx]),.Bvalid(Bvalid));
			end
		end
	endgenerate
	
	
	/* Psum */
	always@(*)begin
		wsize_=0;
		
		//if(FSAvalid)wsize_=0;		//3 * 3
		if(Avalid)wsize_=1;
		if(Bvalid)wsize_=2;
	end
	
	always@(posedge clk or negedge rst_n)begin
		if(!rst_n)begin
			Psum	  <= 0;
			Psum_valid<= 0;	
		end
		else begin
			Psum_valid<= ((wsize_is3 & FSAvalid) || Avalid || Bvalid);
			
			case(wsize_)
				0:Psum<={fsa_res[63],fsa_res[62],fsa_res[61],fsa_res[60],fsa_res[59],fsa_res[58],fsa_res[57],fsa_res[56],fsa_res[55],fsa_res[54],fsa_res[53],fsa_res[52],fsa_res[51],fsa_res[50],fsa_res[49],fsa_res[48],fsa_res[47],fsa_res[46],fsa_res[45],fsa_res[44],fsa_res[43],fsa_res[42],fsa_res[41],fsa_res[40],fsa_res[39],fsa_res[38],fsa_res[37],fsa_res[36],fsa_res[35],fsa_res[34],fsa_res[33],fsa_res[32],fsa_res[31],fsa_res[30],fsa_res[29],fsa_res[28],fsa_res[27],fsa_res[26],fsa_res[25],fsa_res[24],fsa_res[23],fsa_res[22],fsa_res[21],fsa_res[20],fsa_res[19],fsa_res[18],fsa_res[17],fsa_res[16],fsa_res[15],fsa_res[14],fsa_res[13],fsa_res[12],fsa_res[11],fsa_res[10],fsa_res[9],fsa_res[8],fsa_res[7],fsa_res[6],fsa_res[5],fsa_res[4],fsa_res[3],fsa_res[2],fsa_res[1],fsa_res[0]};
				1:Psum<={Aout[15],Aout[14],Aout[13],Aout[12],Aout[11],Aout[10],Aout[9],Aout[8],Aout[7],Aout[6],Aout[5],Aout[4],Aout[3],Aout[2],Aout[1],Aout[0]};
				2:Psum<={Bout[3],Bout[2],Bout[1],Bout[0]};
			endcase
		end
	end
	
	
endmodule